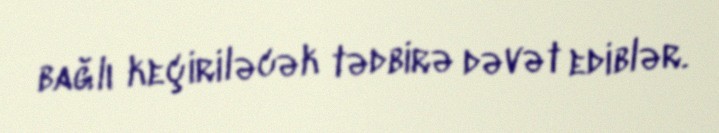
bağlı keçiriləcək tədbirə dəvət ediblər.